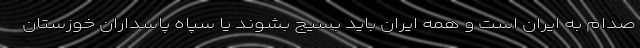
صدام به ایران است و همه ایران باید بسیج بشوند یا سپاه پاسداران خوزستان